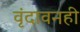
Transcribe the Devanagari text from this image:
वृंदावनही